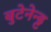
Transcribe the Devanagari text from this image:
बुटेनेन्ड्ट